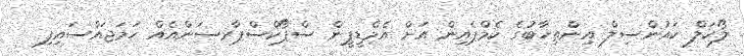
ލޯކަލް ކައުންސިލް އިންތިޚާބުގެ ކެމްޕެއިން އަށް އެމްޑީޕީން ސްޕޯކްސްޕާރސަންއެއް ހަމަޖައްސައިފި